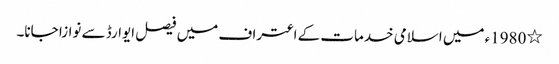
٭ 1980ء میں اسلامی خدمات کے اعتراف میں فیصل ایوارڈ سے نوازا جانا۔